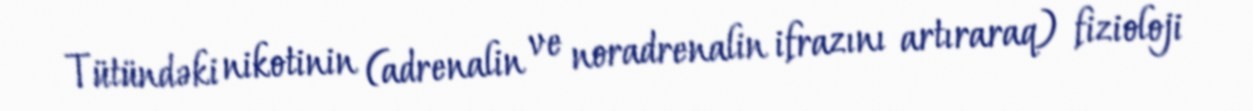
Tütündəki nikotinin (adrenalin ve noradrenalin ifrazını artıraraq) fizioloji